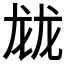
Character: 𱍂